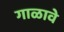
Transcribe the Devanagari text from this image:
गाळावे